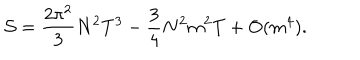
LaTeX: { \cal S } = \frac { 2 \pi ^ { 2 } } { 3 } N ^ { 2 } T ^ { 3 } - \frac { 3 } { 4 } N ^ { 2 } m ^ { 2 } T + \mathrm { O } ( m ^ { 4 } ) .